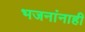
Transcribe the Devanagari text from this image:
भजनांनाही